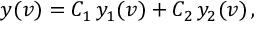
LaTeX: y ( v ) = C _ { 1 } \, y _ { 1 } ( v ) + C _ { 2 } \, y _ { 2 } ( v ) \, ,